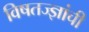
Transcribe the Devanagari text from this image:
विषतज्‍ज्ञांची